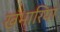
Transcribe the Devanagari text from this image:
खंभारिया